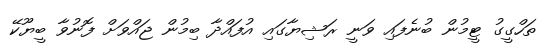
ތަހްގީގު ޓީމުން ބުނެފައި ވަނީ ރަޝިޔާގައި އުފައްދާ ބިމުން ޖައްވަށް ފޮނުވާ ބީޔޫކޭ